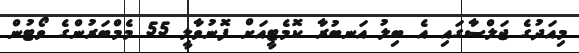
މިއަދުގެ ޖަލްސާގައި އެ ބިލު އަނބުރާ ކޮމެޓީއަށް ފޮނުވާލީ 55 މެމްބަރުންގެ ވޯޓުން